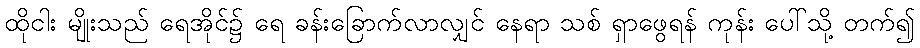
ထိုငါး မျိုးသည် ရေအိုင်၌ ရေ ခန်းခြောက်လာလျှင် နေရာ သစ် ရှာဖွေရန် ကုန်း ပေါ်သို့ တက်၍